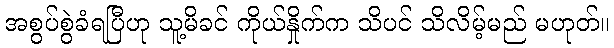
အစွပ်စွဲခံရပြီဟု သူ့မိခင် ကိုယ်နှိုက်က သိပင် သိလိမ့်မည် မဟုတ်။